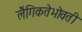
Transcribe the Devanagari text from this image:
लैंगिकतेभोवती